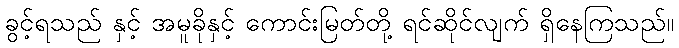
ခွင့်ရသည် နှင့် အမူခိုနှင့် ကောင်းမြတ်တို့ ရင်ဆိုင်လျက် ရှိနေကြသည်။